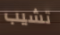
تشيب